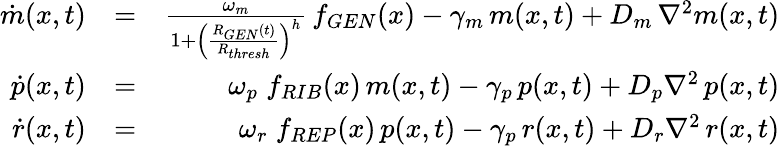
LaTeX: \begin{array}{rlr}{\dot{m}(x,t)}&{=}&{\frac{\omega_{m}}{1+\left(\frac{R_{GEN}(t)}{R_{thresh}}\right)^{h}}\, f_{GEN}(x)-\gamma_{m}\, m(x,t)+D_{m}\, \nabla^{2}m(x,t)}\\ {\dot{p}(x,t)}&{=}&{\omega_{p}\; f_{RIB}(x)\, m(x,t)-\gamma_{p}\, p(x,t)+D_{p}\nabla^{2}\, p(x,t)}\\ {\dot{r}(x,t)}&{=}&{\omega_{r}\; f_{REP}(x)\, p(x,t)-\gamma_{p}\, r(x,t)+D_{r}\nabla^{2}\, r(x,t)}\end{array}